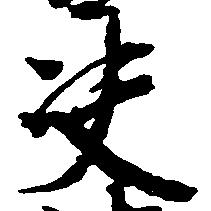
決